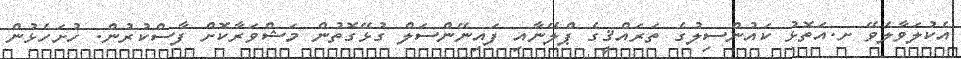
އެކުލަވާލެވޭ ށ.އަތޮޅު ކައުންސިލުގެ ތަރައްޤީގެ ޕްލޭނާއި ފައިނޭންސަލް ގުޅޭގޮތުން މަޝްވަރާކޮށް ފާސްކުރުން. ހުށަހެޅުން